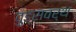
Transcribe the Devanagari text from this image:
वुड्सवर्थ